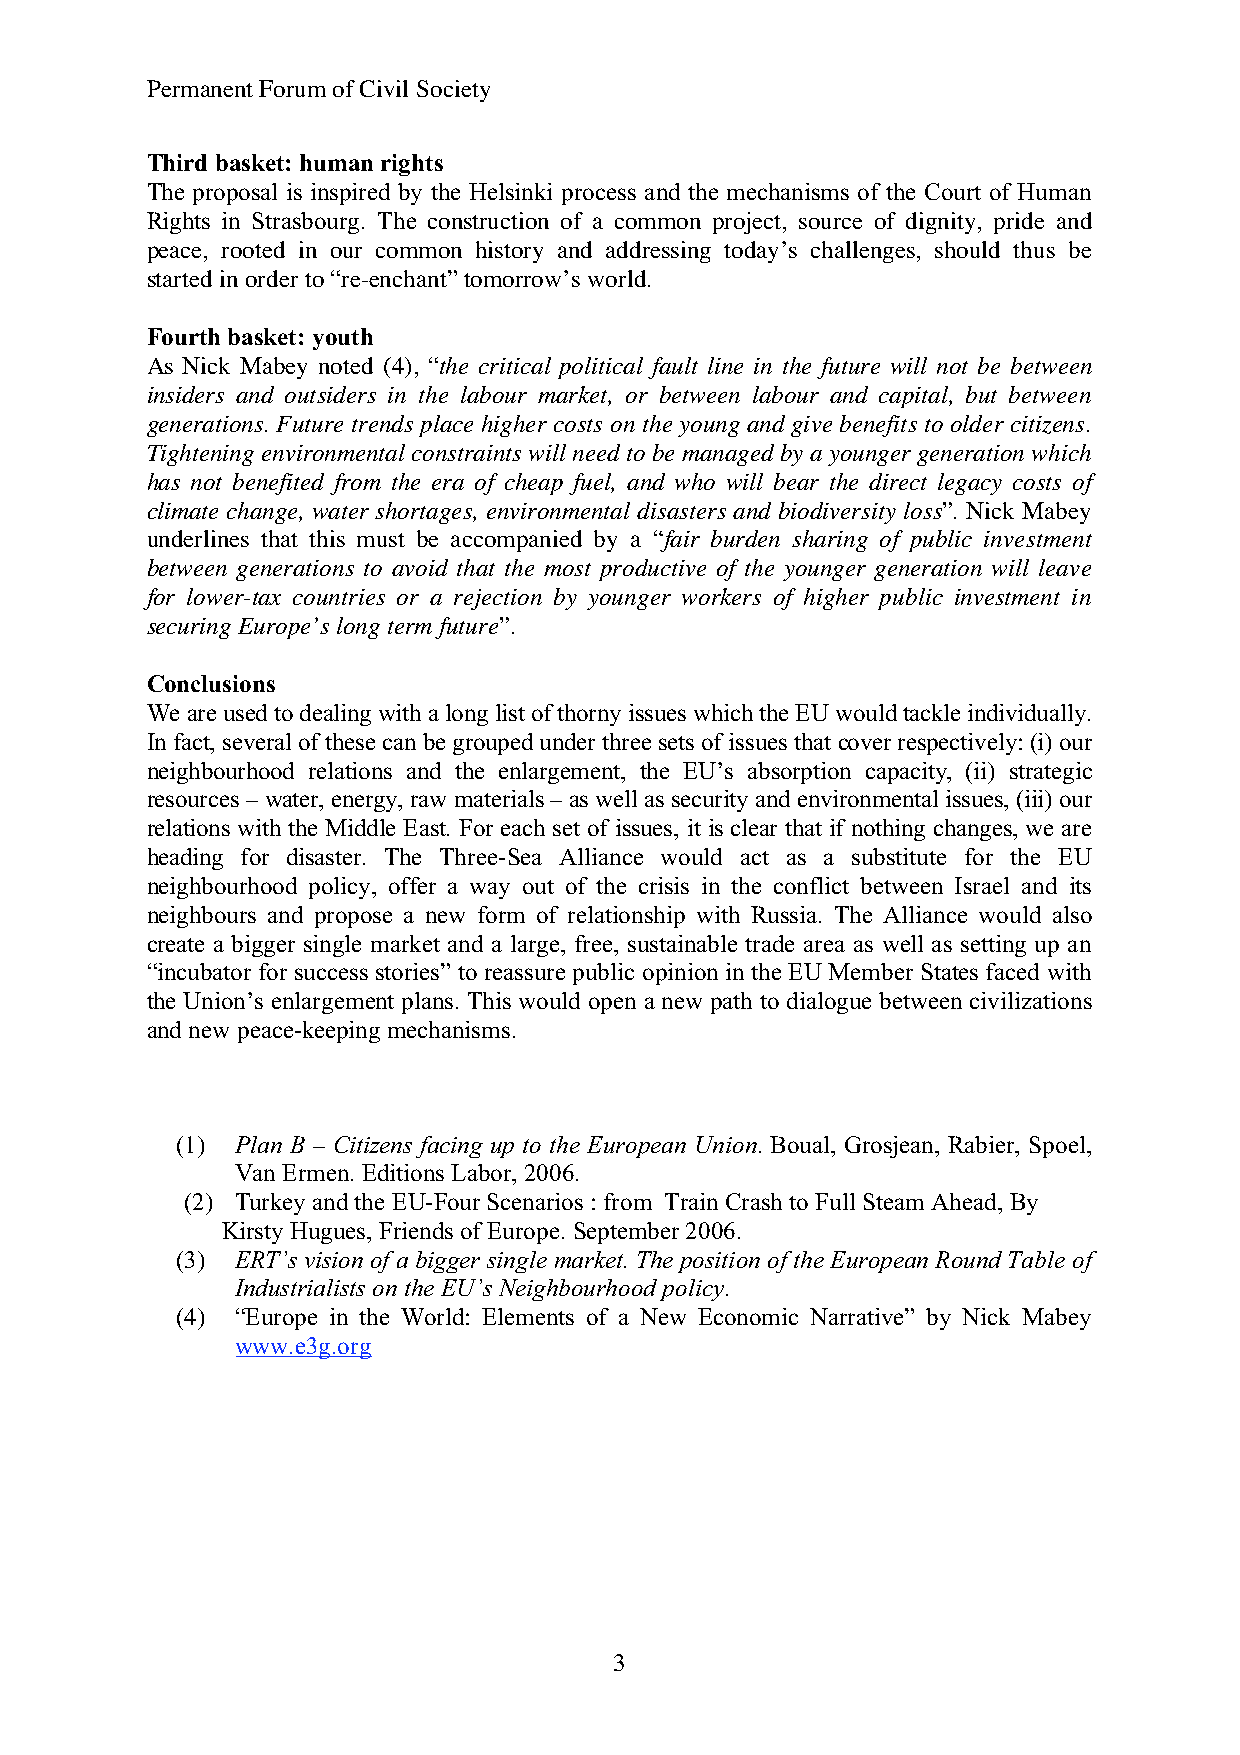
Permanent ForumofCivil Society
 Third basket:humanrights
 The proposal is inspired by the Helsinki process and the mechanisms of the Court of Human
 Rights in Strasbourg. The construction of a common project, source of dignity, pride and
 peace, rooted in our common history and addressing today’s challenges, should thus be
 started in orderto“re-enchant” tomorrow’s world.
 Fourthbasket: youth
 As Nick Mabey noted (4), “the critical political fault line in the future will not be between
 insiders and outsiders in the labour market, or between labour and capital, but between
 generations. Future trends place higher costs on the young and give benefits to older citizens.
 Tightening environmental constraints will need tobe managed by a younger generation which
 has not benefited from the era of cheap fuel, and who will bear the direct legacy costs of
 climate change, water shortages, environmental disasters and biodiversity loss”. Nick Mabey
 underlines that this must be accompanied by a “fair burden sharing of public investment
 between generations to avoid that the most productive of the younger generation will leave
 for lower-tax countries or a rejection by younger workers of higher public investment in
 securing Europe’s long term future”.
 Conclusions
 We areusedtodealingwith alonglistofthornyissues whichtheEUwouldtackleindividually.
 Infact, several of these can begroupedunderthreesets of issues that coverrespectively:(i) our
 neighbourhood relations and the enlargement, the EU’s absorption capacity, (ii) strategic
 resources– water, energy,raw materials– aswell as securityandenvironmentalissues,(iii) our
 relations with the Middle East. For each set of issues, it is clear that if nothing changes, we are
 heading for disaster. The Three-Sea Alliance would act as a substitute for the EU
 neighbourhood policy, offer a way out of the crisis in the conflict between Israel and its
 neighbours and propose a new form of relationship with Russia. The Alliance would also
 create a bigger single market and a large, free, sustainable trade area as well as setting up an
 “incubator for success stories” to reassure public opinion in the EU Member States faced with
 the Union’s enlargement plans. This would open a new path to dialogue between civilizations
 and new peace-keeping mechanisms.
 (1) Plan B – Citizens facing up to the European Union. Boual, Grosjean, Rabier, Spoel,
 Van Ermen.Editions Labor, 2006.
 (2) Turkey andthe EU-FourScenarios :from TrainCrash to FullSteam Ahead, By
 Kirsty Hugues, Friends ofEurope.September2006.
 (3) ERT’s vision of a bigger single market. The position of the European Round Table of
 Industrialists on the EU’s Neighbourhood policy.
 (4) “Europe in the World: Elements of a New Economic Narrative” by Nick Mabey
 www.e3g.org
 3